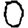
Digit: 0